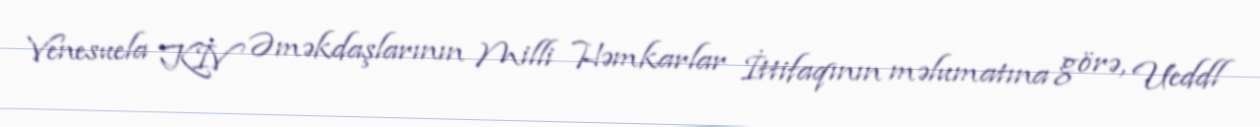
Venesuela KİV Əməkdaşlarının Milli Həmkarlar İttifaqının məlumatına görə, Ueddl